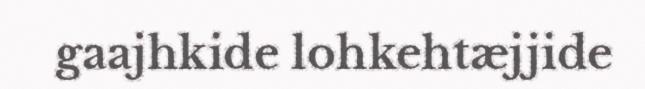
gaajhkide lohkehtæjjide